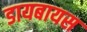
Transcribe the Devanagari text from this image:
डायबायस